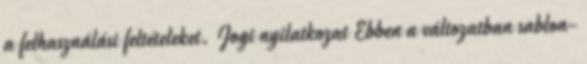
a felhasználási feltételeket. Jogi nyilatkozat Ebben a változatban sablon-